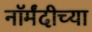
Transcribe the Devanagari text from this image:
नॉर्मंदीच्या